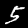
Label: 5